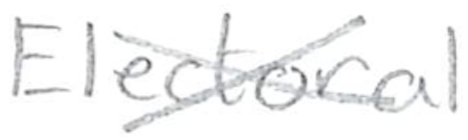
Text: Electoral
Cross-out: cross
Writing tool: pencil